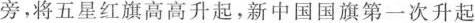
旁，将五星红旗高高升起，新中国国旗第一次升起